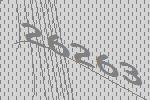
26263